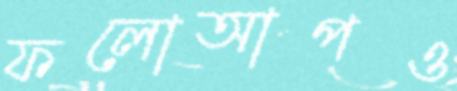
ফলোআপও